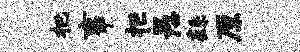
把事拒愚繇原